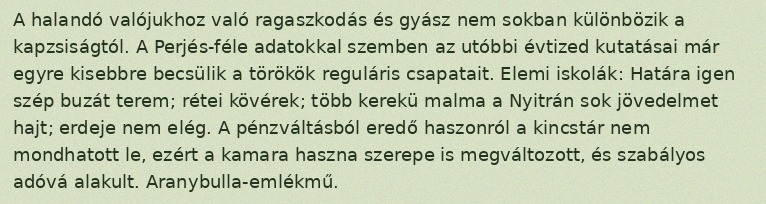
A halandó valójukhoz való ragaszkodás és gyász nem sokban különbözik a kapzsiságtól. A Perjés-féle adatokkal szemben az utóbbi évtized kutatásai már egyre kisebbre becsülik a törökök reguláris csapatait. Elemi iskolák: Határa igen szép buzát terem; rétei kövérek; több kerekü malma a Nyitrán sok jövedelmet hajt; erdeje nem elég. A pénzváltásból eredő haszonról a kincstár nem mondhatott le, ezért a kamara haszna szerepe is megváltozott, és szabályos adóvá alakult. Aranybulla-emlékmű.